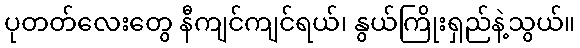
ပုတတ်လေးတွေ နီကျင်ကျင်ရယ်၊ နွယ်ကြိုးရှည်နဲ့သွယ်။